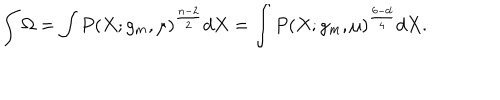
\int \Omega = \int P ( X ; g _ { m } , \mu ) ^ { \frac { n - 2 } { 2 } } d X = \int P ( X ; g _ { m } , \mu ) ^ { \frac { 6 - d } { 4 } } d X .